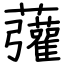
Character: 虇